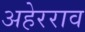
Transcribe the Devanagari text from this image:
अहेरराव